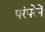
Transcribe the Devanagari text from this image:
परंपरेनें